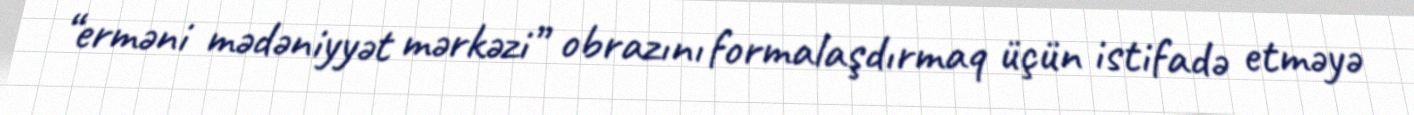
“erməni mədəniyyət mərkəzi” obrazını formalaşdırmaq üçün istifadə etməyə